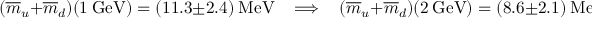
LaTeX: ( \overline { { { m } } } _ { u } + \overline { { { m } } } _ { d } ) ( 1 ~ \mathrm { { G e V } } ) = ( 1 1 . 3 \pm 2 . 4 ) ~ { \mathrm { M e V } } ~ ~ ~ ~ \Longrightarrow ~ ~ ~ ~ ( \overline { { { m } } } _ { u } + \overline { { { m } } } _ { d } ) ( 2 ~ \mathrm { G e V } ) = ( 8 . 6 \pm 2 . 1 ) ~ \mathrm { M e V } ~ .